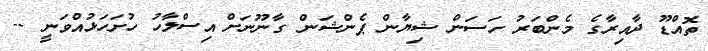
ތޮއްޑޫ ދާއިރާގެ މެންބަރު ހަސަން ޝިޔާން ޕެންޝަން ގާނޫނަށް އިސްލާހު ހުށަހަޅުއްވަނީ --